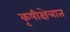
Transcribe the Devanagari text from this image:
कृषीक्षेत्रात